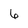
Character: 6